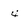
Character: 4